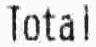
TOTAL